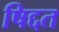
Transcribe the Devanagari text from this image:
षिद्दत